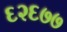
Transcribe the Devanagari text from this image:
६२६७७